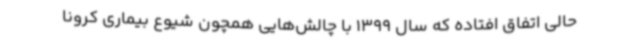
حالی اتفاق افتاده که سال 1399 با چالش‌هایی همچون شیوع بیماری کرونا